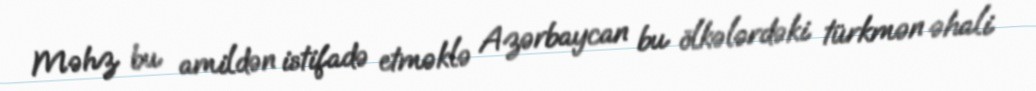
Məhz bu amildən istifadə etməklə Azərbaycan bu ölkələrdəki türkmən əhali